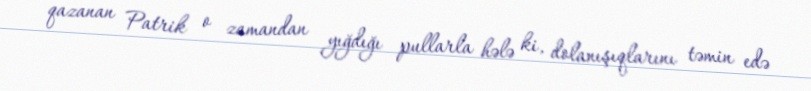
qazanan Patrik o zamandan yığdığı pullarla hələ ki, dolanışıqlarını təmin edə